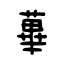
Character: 蓽